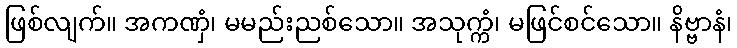
ဖြစ်လျက်။ အကဏှံ၊ မမည်းညစ်သော။ အသုက္ကံ၊ မဖြင်စင်သော။ နိဗ္ဗာနံ၊